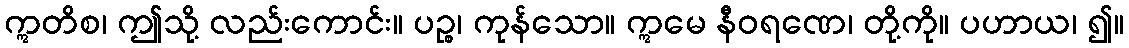
ဣတိစ၊ ဤသို့ လည်းကောင်း။ ပဉ္စ၊ ကုန်သော။ ဣမေ နီဝရဏေ၊ တို့ကို။ ပဟာယ၊ ၍။